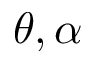
\theta , \alpha